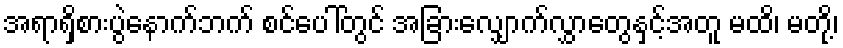
အရာရှိစားပွဲနောက်ဘက် စင်ပေါ်တွင် အခြားလျှောက်လွှာတွေနှင့်အတူ မထိ၊ မတို့၊